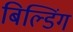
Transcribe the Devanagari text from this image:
बिल्‍डिंग